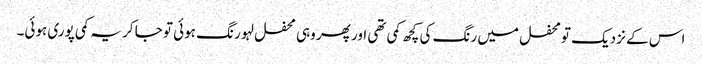
اس کے نزدیک تو محفل میں رنگ کی کچھ کمی تھی اور پھر وہی محفل لہو رنگ ہوئی تو جا کر یہ کمی پوری ہوئی۔